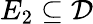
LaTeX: E_{2}\subseteq{\mathcal{D}}